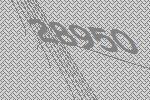
28950